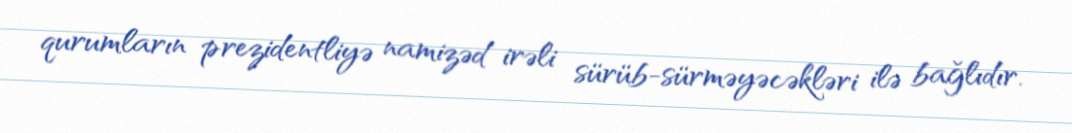
qurumların prezidentliyə namizəd irəli sürüb-sürməyəcəkləri ilə bağlıdır.